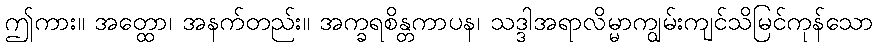
ဤကား။ အတ္ထော၊ အနက်တည်း။ အက္ခရစိန္တကာပန၊ သဒ္ဒါအရာလိမ္မာကျွမ်းကျင်သိမြင်ကုန်သော